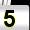
Digit: 5